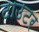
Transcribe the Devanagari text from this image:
टाउटर